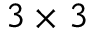
3 \times 3